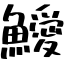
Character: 鱫